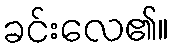
ခင်းလေ၏။